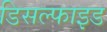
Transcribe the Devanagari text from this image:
डिसल्फाइड